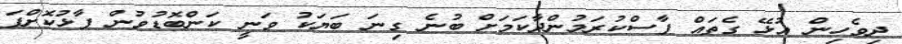
ދިވެހިން އުޅޭ ގެތައް ފާސްކުރަމުންދާކަމަށް ބުނެ ގިނަ ބަޔަކު ވަނީ ކަންބޮޑުވުން ފާޅުކޮށްފަ